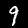
Digit: 9